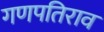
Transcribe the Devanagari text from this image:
गणपतिराव